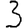
Digit: 3